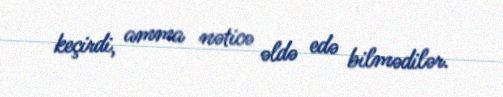
keçirdi, amma nəticə əldə edə bilmədilər.